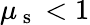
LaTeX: \mu_{\mathrm{~s~}}<1